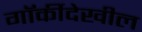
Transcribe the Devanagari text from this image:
गॉर्कीदेखील